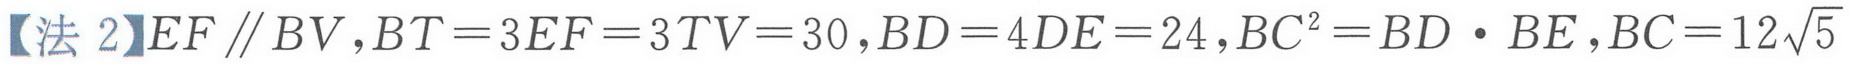
【法 2】\(EF \parallel BV, BT = 3EF = 3TV = 30, BD = 4DE = 24, BC^{2}=BD\cdot BE, BC = 12\sqrt{5}\)